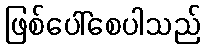
ဖြစ်ပေါ်စေပါသည်